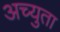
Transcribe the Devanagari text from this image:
अच्युता